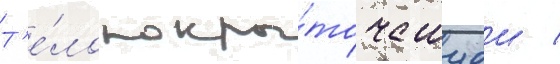
Т'е́ло покры́то чешуеи /